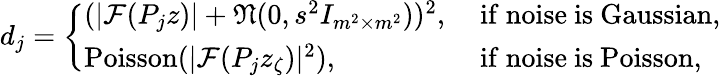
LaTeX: \begin{array}{r}{d_{j}=\left\{ \begin{array}{ll}{(|\mathcal{F}(P_{j}z)|+\mathfrak{N}(0,s^{2}I_{m^{2}\times m^{2}}))^{2},}&{\mathrm{~if~noise~is~Gaussian},}\\ {\mathrm{Poisson}(|\mathcal{F}(P_{j}z_{\zeta})|^{2}),}&{\mathrm{~if~noise~is~Poisson,}}\end{array}\right.}\end{array}